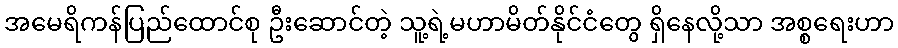
အမေရိကန်ပြည်ထောင်စု ဦးဆောင်တဲ့ သူ့ရဲ့မဟာမိတ်နိုင်ငံတွေ ရှိနေလို့သာ အစ္စရေးဟာ